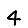
Digit: 4